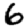
Digit: 6